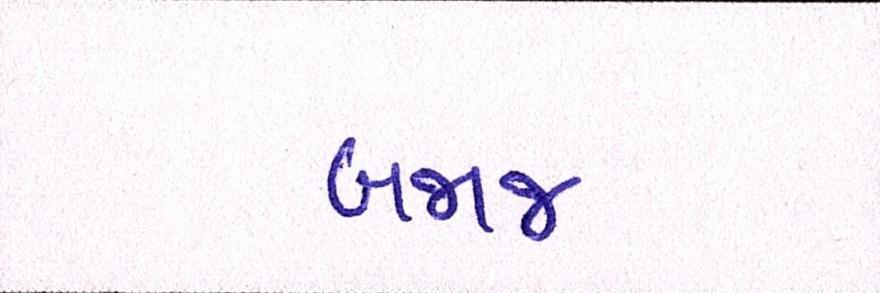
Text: બજાજ